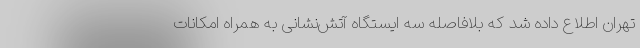
تهران اطلاع داده شد که بلافاصله سه ایستگاه آتش‌نشانی به همراه امکانات